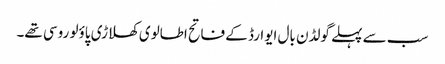
سب سے پہلے گولڈن بال ایوارڈ کے فاتح اطالوی کھلاڑی پاؤلو روسی تھے۔